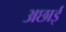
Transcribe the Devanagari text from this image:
अछाई